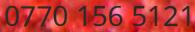
0770 156 5121